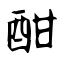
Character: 酣